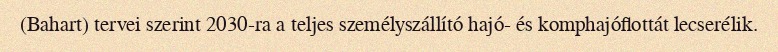
(Bahart) tervei szerint 2030-ra a teljes személyszállító hajó- és komphajóflottát lecserélik.